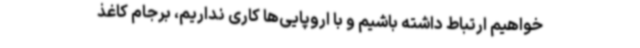
‌خواهیم ارتباط داشته باشیم و با اروپایی‌ها کاری نداریم، برجام کاغذ